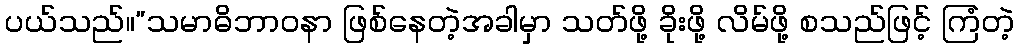
ပယ်သည်။”သမာဓိဘာဝနာ ဖြစ်နေတဲ့အခါမှာ သတ်ဖို့ ခိုးဖို့ လိမ်ဖို့ စသည်ဖြင့် ကြံတဲ့